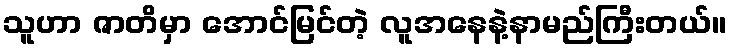
သူဟာ ဇာတိမှာ အောင်မြင်တဲ့ လူအနေနဲ့နာမည်ကြီးတယ်။